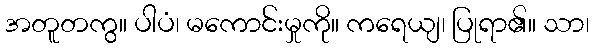
အတူတကွ။ ပါပံ၊ မကောင်းမှုကို။ ကရေယျ၊ ပြုရာ၏။ သာ၊